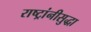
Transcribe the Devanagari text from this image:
राष्ट्रांनीसुद्धा